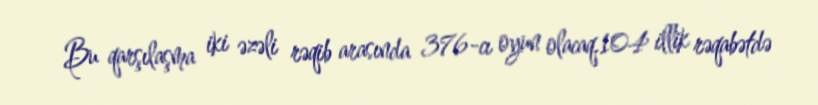
Bu qarşılaşma iki əzəli rəqib arasında 376-cı oyun olacaq.104 illik rəqabətdə